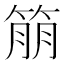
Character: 𬕔